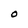
Character: O